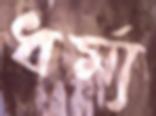
ধর্ম্য